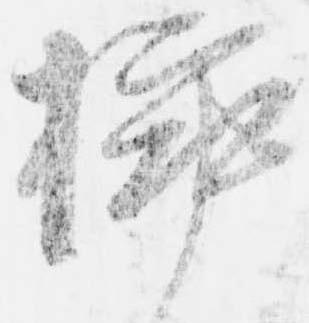
挿